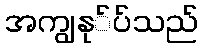
အကျွနု်ပ်သည်